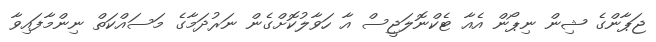
ޖަޕާންގެ ޝިން ނިޕޯން އެއާ ޓެކްނޮލަޖީސް އާ ހަވާލުކޮށްގެން ނަރުދަމާގެ މަސައްކަތް ނިންމާފައިވާ